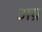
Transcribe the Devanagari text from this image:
अय्र